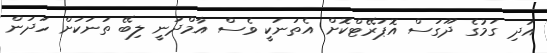
އަދި ގަމުގެ ދޫގަސް އޮޕަރޭޓްކޮށް އެތަނަކީ ވެސް އާމްދަނީ ލިބޭ ތަނަކަށް ހަދަން